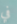
في